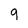
Character: 9